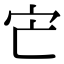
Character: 𡦽